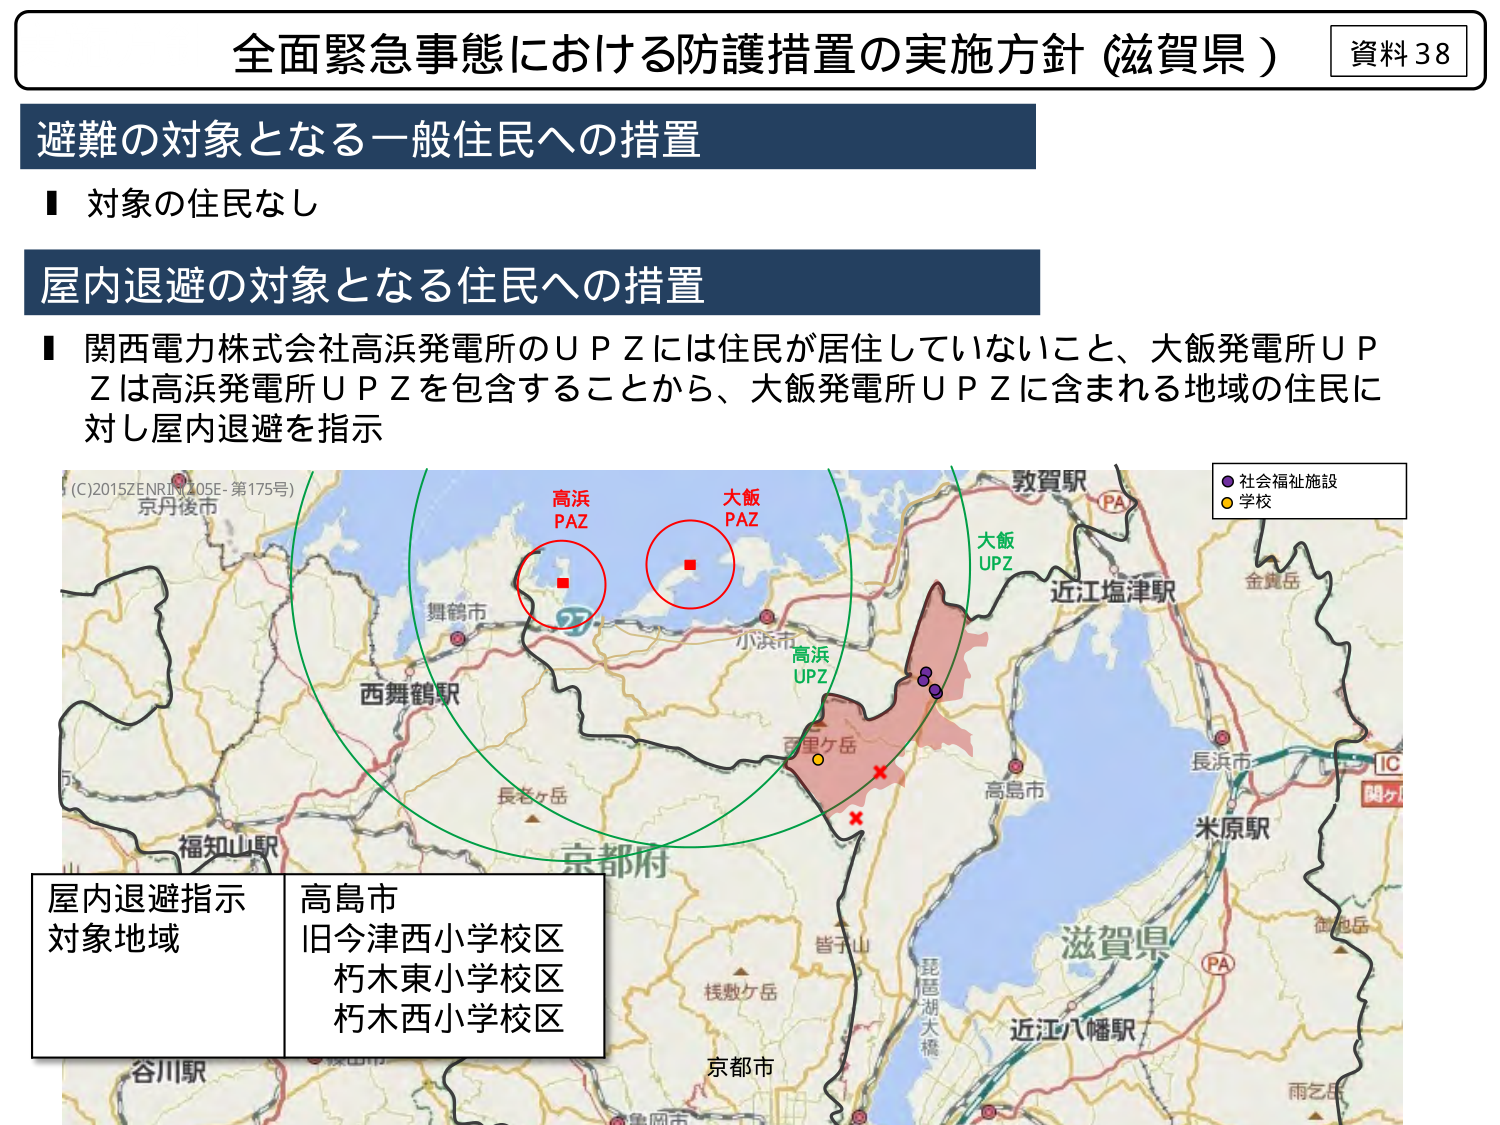
全面緊急事態における防護措置の実施方針（滋賀県）
資料38

避難の対象となる一般住民への措置
■ 対象の住民なし

屋内退避の対象となる住民への措置
■ 関西電力株式会社高浜発電所のＵＰＺには住民が居住していないこと、大飯発電所ＵＰＺは高浜発電所ＵＰＺを包含することから、大飯発電所ＵＰＺに含まれる地域の住民に対し屋内退避を指示

(C)2015ZENRIN(105E-第175号)
京丹後市
舞鶴市
西舞鶴駅
長老ヶ岳
福知山駅
谷川駅
京都府
京都市
高浜
PAZ
大飯
PAZ
小浜市
高浜
UPZ
百里ヶ岳
大飯
UPZ
敦賀駅
近江塩津駅
金黄岳
長浜市
IC
関ヶ
米原駅
滋賀県
近江八幡駅
雨乞岳
皆子山
琵琶湖大橋
桜敷ヶ岳
高島市
社会福祉施設
学校

屋内退避指示
対象地域
高島市
旧今津西小学校区
朽木東小学校区
朽木西小学校区